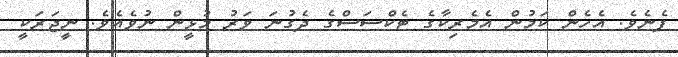
ފެނެވެ. އެހެން ކަމުން އެމެރިކާގެ ޓެކްސަސްގެ ދެގުނަ ވަރު މުޅީން ނުވެއެވެ. ނީޖަރަކީ